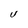
Character: V